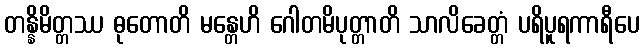
တန္နိမိတ္တဿ ဓုတောတိ မန္တေဟိ ဂေါတမိပုတ္တာတိ သာလိခေတ္တံ ပရိပူရကာရီပေ